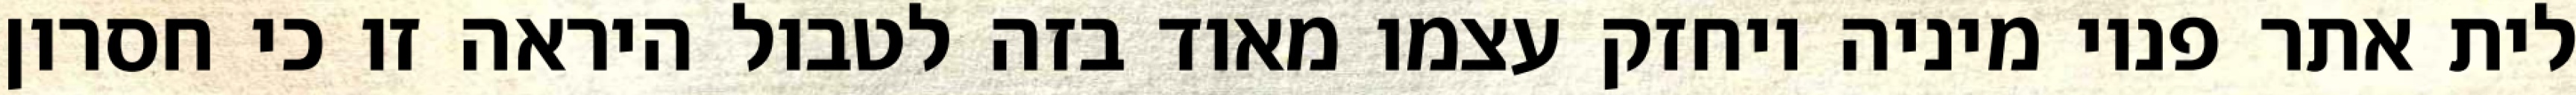
לית אתר פנוי מיניה ויחזק עצמו מאוד בזה לטבול היראה זו כי חסרון